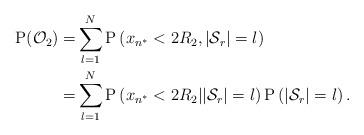
LaTeX: \begin{align*}\mathrm{P}(\mathcal{O}_{2}) =& \sum^{N}_{l=1}\mathrm{P}\left(x_{n^*}<2R_2 ,|\mathcal{S}_r|=l\right)\\ =&\sum^{N}_{l=1}\mathrm{P}\left(x_{n^*}<2R_2 ||\mathcal{S}_r|=l\right)\mathrm{P}\left( |\mathcal{S}_r|=l\right).\end{align*}